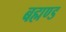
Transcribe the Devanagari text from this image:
बह्मण्ड